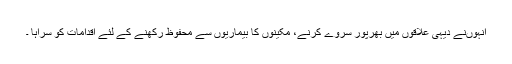
انہوںنے دیہی علاقوں میں بھرپور سروے کرنے، مکینوں کا بیماریوں سے محفوظ رکھنے کے لئے اقدامات کو سراہا ۔